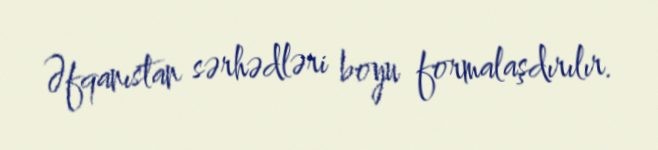
Əfqanıstan sərhədləri boyu formalaşdırılır.